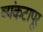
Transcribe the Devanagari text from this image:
व्यंकटापूर